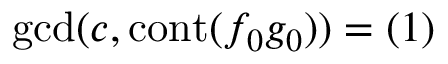
\operatorname* { g c d } ( c , \operatorname { c o n t } ( f _ { 0 } g _ { 0 } ) ) = ( 1 )